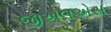
જીએલએસ